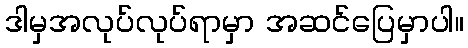
ဒါမှအလုပ်လုပ်ရာမှာ အဆင်ပြေမှာပါ။